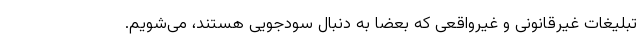
تبلیغات غیرقانونی و غیرواقعی که بعضا به دنبال سودجویی هستند، می‌شویم.